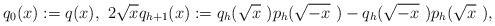
\begin{align*}q_0(x):=q(x),~2\sqrt x q_{h+1}(x):=q_h(\sqrt x~)p_h(\sqrt {-x}~)-q_h(\sqrt {-x}~)p_h(\sqrt x~), \end{align*}